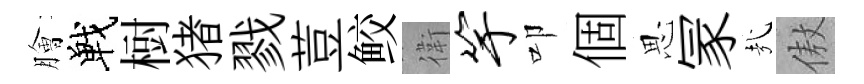
膾戰𣗳猪戮荳鲛衛竽叩個思冡㢤傲